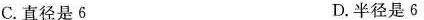
C.直径是6 D.半径是6